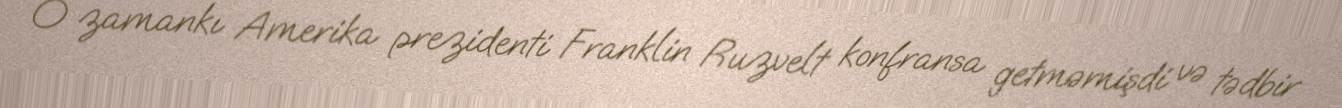
O zamankı Amerika prezidenti Franklin Ruzvelt konfransa getməmişdi və tədbir